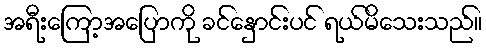
အရီးကြော့အပြောကို ခင်နှောင်းပင် ရယ်မိသေးသည်။